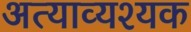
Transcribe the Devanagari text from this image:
अत्याव्यश्यक